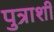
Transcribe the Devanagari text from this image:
पुत्राशी